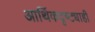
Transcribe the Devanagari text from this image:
आर्थिकदृष्ट्याही